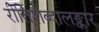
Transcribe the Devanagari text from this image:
रीतिशब्दालङ्कार